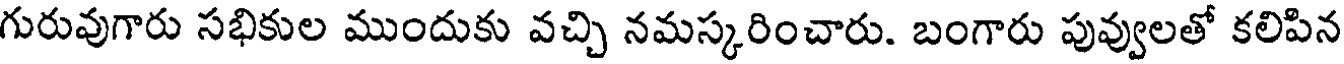
గురువుగారు సభికుల ముందుకు వచ్చి నమస్కరించారు. బంగారు పువ్వులతో కలిపిన